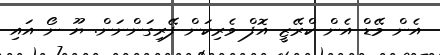
އެން މޭޑް އެން ކްރޭޒީ އޮފް ވެރިކަން ފޭރިގަންނަން. ޔޫ ނޯ އައި